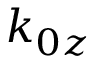
k _ { 0 z }